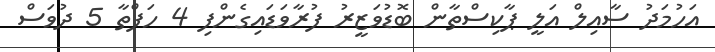
އަހުމަދު ސާއިލް އަލީ ޕާކިސްތާން ބޮޑުވަޒީރު ފުރާވަޑައިގެންފި 4 ހަފްތާ 5 ދުވަސް